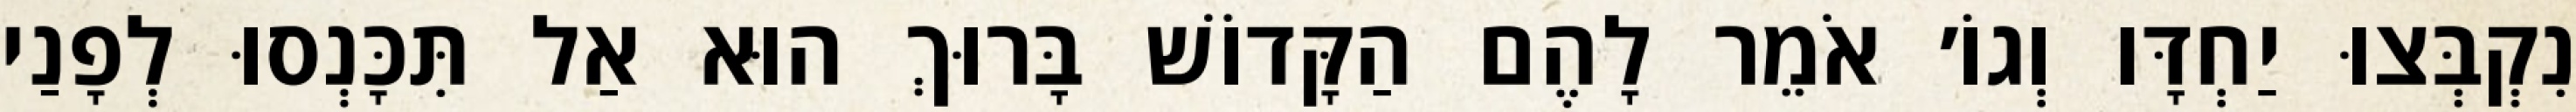
נִקְבְּצוּ יַחְדָּו וְגוֹ׳ אֹמֵר לָהֶם הַקָּדוֹשׁ בָּרוּךְ הוּא אַל תִּכָּנְסוּ לְפָנַי